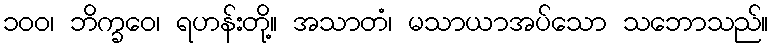
၁၀၀၊ ဘိက္ခဝေ၊ ရဟန်းတို့။ အသာတံ၊ မသာယာအပ်သော သဘောသည်။